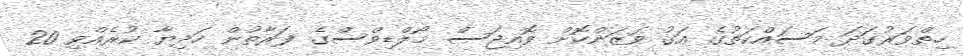
ހިތްވަރުގަދަ މަސައްކަތުގެ އަގު ވަޒަންކޮށް ވޮއިޖަސް މޯލްޑިވްސްގެ ފަރާތުން ހަދިޔާ ކުރެއްވި 20